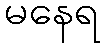
မနေရ